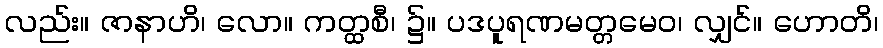
လည်း။ ဇာနာဟိ၊ လော။ ကတ္ထစီ၊ ၌။ ပဒပူရဏမတ္တမေဝ၊ လျှင်။ ဟောတိ၊